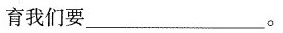
育我们要___。